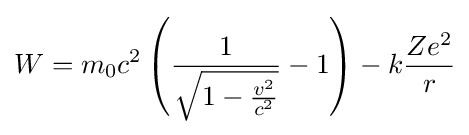
W={m_{\mathrm {0} }c^{2}}\left({\frac {1}{\sqrt {1-{\frac {v^{2}}{c^{2}}}}}}-1\right)-k{\frac {Ze^{2}}{r}}